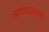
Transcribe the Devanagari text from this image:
त्यांच्याजवळच